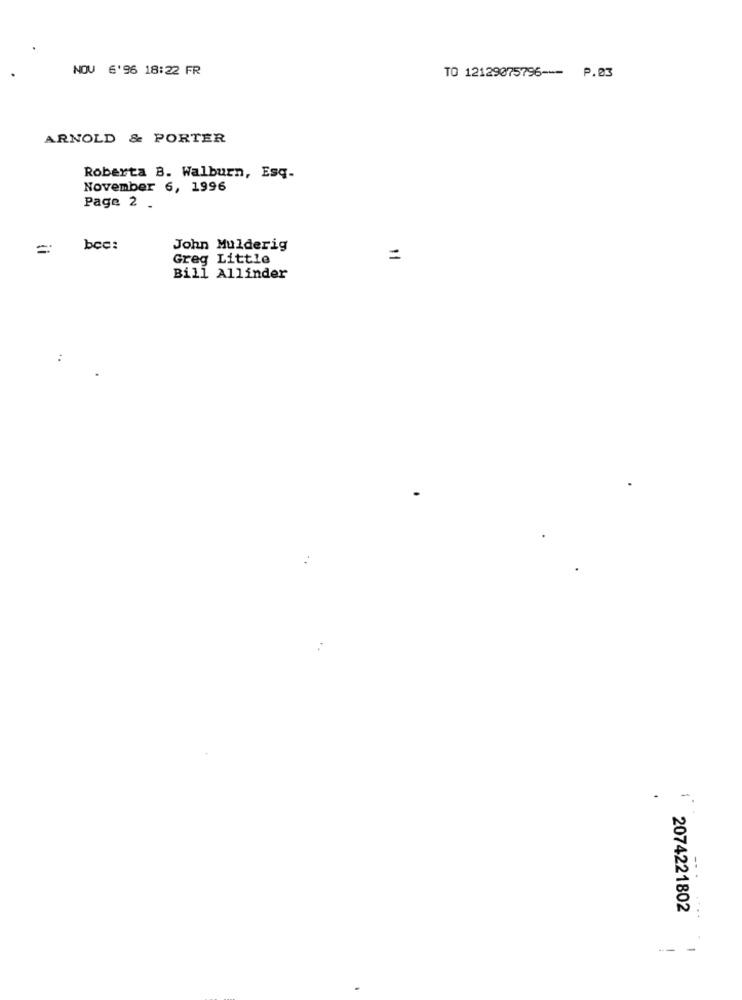
NOV 6'96 18:22 FR
TO 12129075796 --- P.03
ARNOLD & PORTER
Roberta B. Walburn, Esq-
November 6, 1996
Page 2 .
=
bee:
John Mulderig
Greg Little
=
Bill Allinder
..
-
--
2074221802
-- -